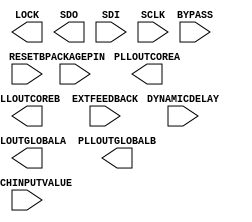
// This program was cloned from: https://github.com/rj45/rj32
// License: MIT License

/* verilator lint_off UNUSED */
/* verilator lint_off UNDRIVEN */
(* blackbox *)
module SB_PLL40_2F_PAD (
	input   PACKAGEPIN,
	output  PLLOUTCOREA,
	output  PLLOUTGLOBALA,
	output  PLLOUTCOREB,
	output  PLLOUTGLOBALB,
	input   EXTFEEDBACK,
	input   [7:0] DYNAMICDELAY,
	output  LOCK,
	input   BYPASS,
	input   RESETB,
	input   LATCHINPUTVALUE,
	output  SDO,
	input   SDI,
	input   SCLK
);
	parameter FEEDBACK_PATH = "SIMPLE";
	parameter DELAY_ADJUSTMENT_MODE_FEEDBACK = "FIXED";
	parameter DELAY_ADJUSTMENT_MODE_RELATIVE = "FIXED";
	parameter SHIFTREG_DIV_MODE = 2'b00;
	parameter FDA_FEEDBACK = 4'b0000;
	parameter FDA_RELATIVE = 4'b0000;
	parameter PLLOUT_SELECT_PORTA = "GENCLK";
	parameter PLLOUT_SELECT_PORTB = "GENCLK";
	parameter DIVR = 4'b0000;
	parameter DIVF = 7'b0000000;
	parameter DIVQ = 3'b000;
	parameter FILTER_RANGE = 3'b000;
	parameter ENABLE_ICEGATE_PORTA = 1'b0;
	parameter ENABLE_ICEGATE_PORTB = 1'b0;
	parameter TEST_MODE = 1'b0;
	parameter EXTERNAL_DIVIDE_FACTOR = 1;
endmodule
/* verilator lint_on UNUSED */
/* verilator lint_on UNDRIVEN */